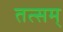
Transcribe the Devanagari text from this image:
तत्सम्